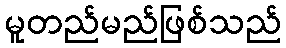
မူတည်မည်ဖြစ်သည်